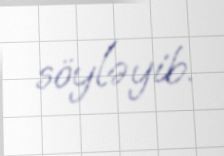
söyləyib.